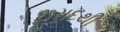
ઇરાદથી